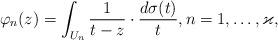
LaTeX: \begin{align*} \varphi_n(z) = \int_{U_n}\frac{1}{t-z}\cdot\frac{d\sigma(t)}{t},n=1,\dots,\varkappa, \end{align*}